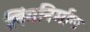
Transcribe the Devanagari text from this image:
लिंगनिर्माण